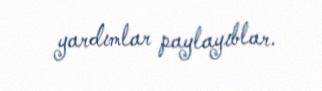
yardımlar paylayıblar.